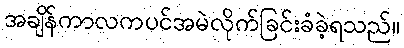
အချိန်ကာလကပင်အမဲလိုက်ခြင်းခံခဲ့ရသည်။